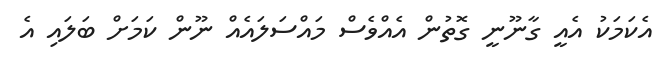
އެކަމަކު އެއީ ގާނޫނީ ގޮތުން އެއްވެސް މައްސަލައެއް ނޫން ކަމަށް ބަލައި އެ